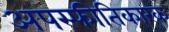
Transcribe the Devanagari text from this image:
अपस्फीतिकारक